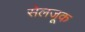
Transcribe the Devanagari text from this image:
सेलजूक